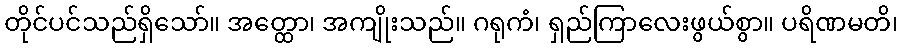
တိုင်ပင်သည်ရှိသော်။ အတ္ထော၊ အကျိုးသည်။ ဂရုကံ၊ ရှည်ကြာလေးဖွယ်စွာ။ ပရိဏမတိ၊